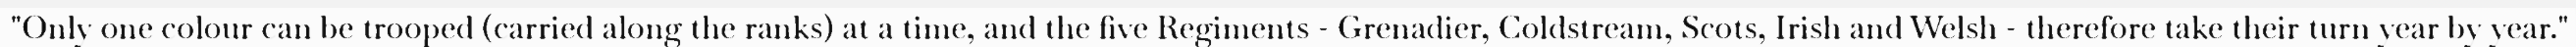
"Only one colour can be trooped (carried along the ranks) at a time, and the five Regiments - Grenadier, Coldstream, Scots, Irish and Welsh - therefore take their turn year by year."